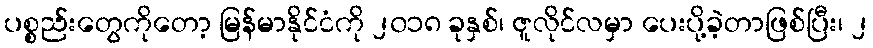
ပစ္စည်းတွေကိုတော့ မြန်မာနိုင်ငံကို ၂၀၁၈ ခုနှစ်၊ ဇူလိုင်လမှာ ပေးပို့ခဲ့တာဖြစ်ပြီး၊ ၂